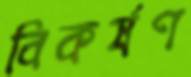
বিকর্ষণ